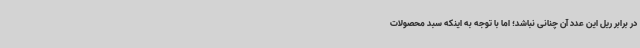
در برابر ریل این عدد آن چنانی نباشد؛ اما با توجه به اینکه سبد محصولات